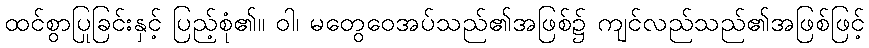
ထင်စွာပြုခြင်းနှင့် ပြည့်စုံ၏။ ဝါ၊ မတွေဝေအပ်သည်၏အဖြစ်၌ ကျင်လည်သည်၏အဖြစ်ဖြင့်